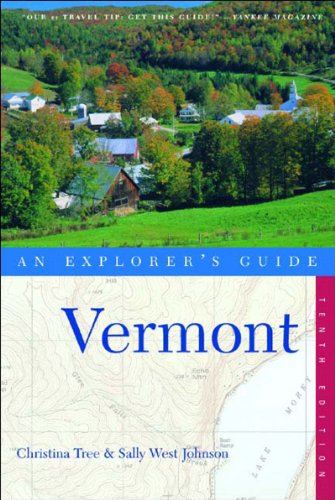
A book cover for Vermont: An Explorer's Guide, 10th Edition; Christina Tree; Travel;